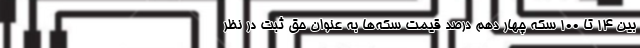
بین 14 تا 100 سکه چهار دهم درصد قیمت سکه‌ها به عنوان حق ثبت در نظر